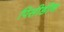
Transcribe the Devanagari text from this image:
पिसीडीन